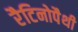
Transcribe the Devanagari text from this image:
रैटिनोपैथी